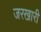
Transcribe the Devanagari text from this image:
जरखारी